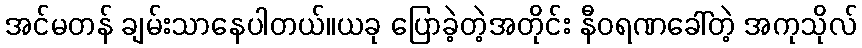
အင်မတန် ချမ်းသာနေပါတယ်။ယခု ပြောခဲ့တဲ့အတိုင်း နီဝရဏခေါ်တဲ့ အကုသိုလ်